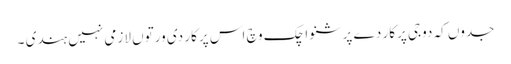
جدوں کہ دوجی پرکار دے پرشنواچک وچ اس پرکار دی ورتوں لازمی نہیں ہندی ۔